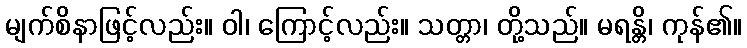
မျက်စိနာဖြင့်လည်း။ ဝါ၊ ကြောင့်လည်း။ သတ္တာ၊ တို့သည်။ မရန္တိ၊ ကုန်၏။